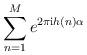
LaTeX: \begin{align*} \sum_{n=1}^Me^{2\pi \textnormal{i}h(n)\alpha}\end{align*}